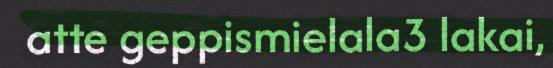
atte geppismielala3 lakai,